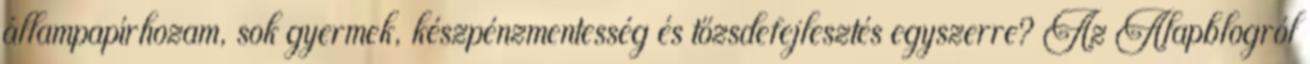
állampapírhozam, sok gyermek, készpénzmentesség és tőzsdefejlesztés egyszerre? Az Alapblogról